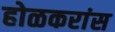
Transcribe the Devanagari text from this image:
होळकरांस